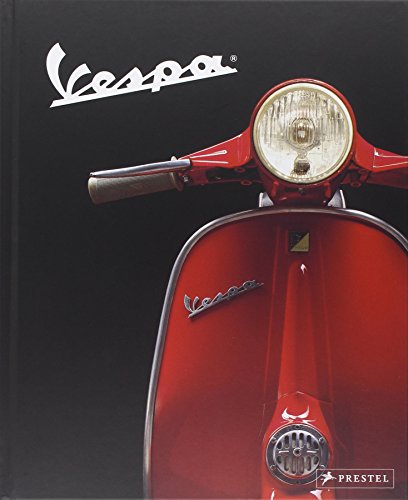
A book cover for Vespa (German Edition); Valerio Boni; Arts & Photography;